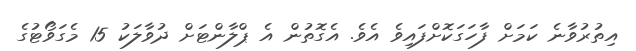
އިތުރުވާނެ ކަމަށް ފާހަގަކޮށްފައިވެ އެވެ. އެގޮތުން އެ ޕްލާންޓަށް ދުވާލަކު 15 މެގަވޯޓުގެ